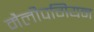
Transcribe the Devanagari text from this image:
मैलीपगियन